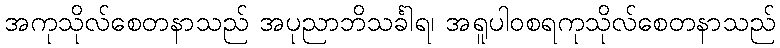
အကုသိုလ်စေတနာသည် အပုညာဘိသင်္ခါရ၊ အရူပါဝစရကုသိုလ်စေတနာသည်